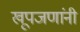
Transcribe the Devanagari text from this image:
खूपजणांनी